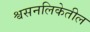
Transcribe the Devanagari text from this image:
श्वसनलिकेतील